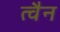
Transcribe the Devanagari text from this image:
त्वैन